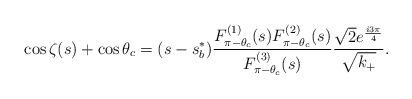
LaTeX: \begin{align*}\cos\zeta(s) + \cos\theta_c = (s-s^{*}_b)\frac{F^{(1)}_{\pi-\theta_c}(s)F^{(2)}_{\pi-\theta_c}(s)}{F^{(3)}_{\pi-\theta_c}(s)}\frac{\sqrt2 e^{\frac{i3\pi}4}}{\sqrt{k_{+}}}.\end{align*}